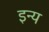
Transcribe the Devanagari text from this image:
इन्य